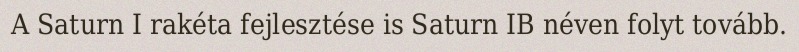
A Saturn I rakéta fejlesztése is Saturn IB néven folyt tovább.